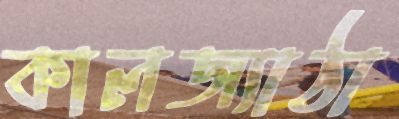
কালজ্যাঠা